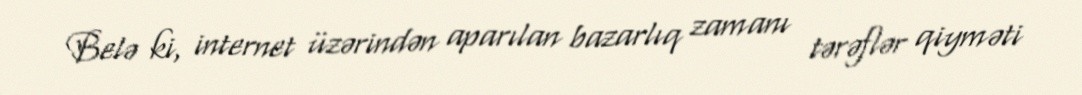
Belə ki, internet üzərindən aparılan bazarlıq zamanı tərəflər qiyməti